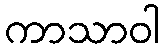
ကာသာဝါ